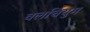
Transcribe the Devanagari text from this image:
वलर्चियुम